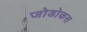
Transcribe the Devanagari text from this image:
जोडोकस